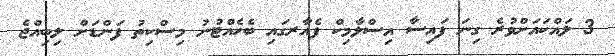
3 ލައްކައަށްވުރެ ގިނަ ފައިސާ އިސްލާމިކް ފެއާރގައި ބެހެއްޓުނު މިސްކިތު ފަންޑަށް ލިބިއްޖެ